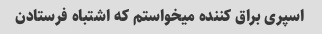
اسپری براق کننده میخواستم که اشتباه فرستادن